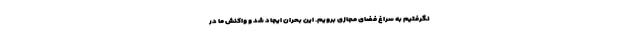
نگرفتیم به سراغ فضای مجازی برویم. این بحران ایجاد شد و واکنش ما در